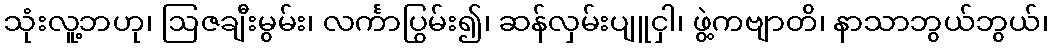
သုံးလူ့ဘဟု၊ ဩဇချီးမွမ်း၊ လင်္ကာပြွမ်း၍၊ ဆန်လှမ်းပျူငှါ၊ ဖွဲ့ကဗျာတိ၊ နာသာဘွယ်ဘွယ်၊